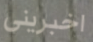
اخبرينى